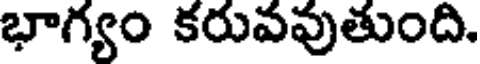
భాగ్యం కరువవుతుంది.